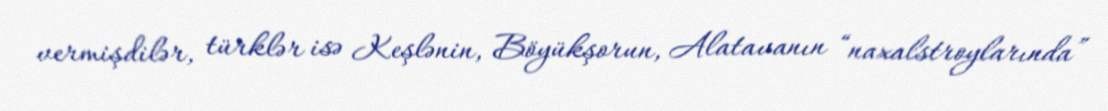
vermişdilər, türklər isə Keşlənin, Böyükşorun, Alatavanın “naxalstroylarında”